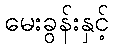
မေးခွန်းနှင့်